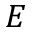
E